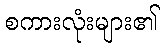
စကားလုံးများ၏